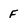
Character: F